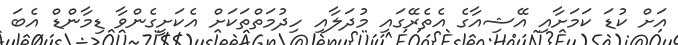
އަށް ކުޑަ ކަމަށާއި އޭޝިއާގެ އެތެރޭގައި މުދަލާއި ހިދުމަތްތަކަށް އެކަށީގެންވާ ޑިމާންޑް އެބަ